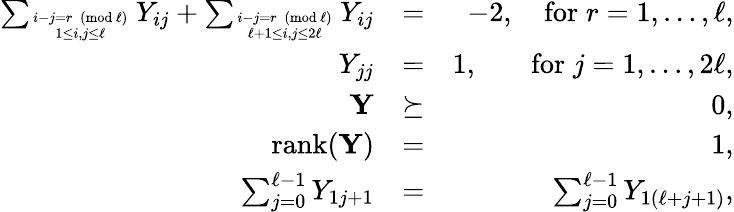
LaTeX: \begin{array}{rlr}{\sum_{i-j=r\; (\mathrm{mod~}\ell)\atop 1\leq i,j\leq\ell}Y_{ij}+\sum_{i-j=r\; (\mathrm{mod~}\ell)\atop\ell+1\leq i,j\leq 2\ell}Y_{ij}}&{=}&{-2,\quad\mathrm{for}\; r=1,\ldots,\ell,}\\ {Y_{jj}}&{=}&{1,\quad\, \, \, \, \, \mathrm{for}\; j=1,\ldots,2\ell,}\\ {\mathbf{Y}}&{\succeq}&{0,}\\ {\mathrm{rank}(\mathbf{Y})}&{=}&{1,}\\ {\sum_{j=0}^{\ell-1}Y_{1j+1}}&{=}&{\sum_{j=0}^{\ell-1}Y_{1(\ell+j+1)},}\end{array}